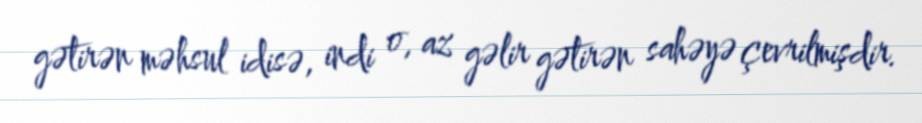
gətirən məhsul idisə, indi o, az gəlir gətirən sahəyə çevrilmişdir.